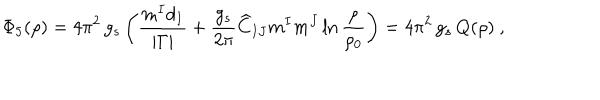
{ \Phi _ { 5 } } ( { \rho } ) = 4 \pi ^ { 2 } \, g _ { s } \left( { \frac { m ^ { I } d _ { I } } { | \Gamma | } } + { \frac { g _ { s } } { 2 \pi } } { \widehat C _ { I J } m ^ { I } m ^ { J } } \ln { \frac { \rho } { \rho _ { 0 } } } \right) = 4 \pi ^ { 2 } \, g _ { s } \, { Q } ( { \rho } ) ~ ,